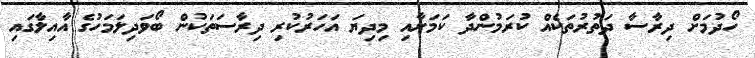
ހޯދުމަށް ދިރާސާ ދަތުރުތަކެއް ކުރަމުންދާ ކަމަށާއި މިދިޔަ އަހަރުކުރި ދިރާސަތަކުން ބޯވަދިލަމަހުގެ އާއިލާގައި